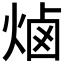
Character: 𰞭